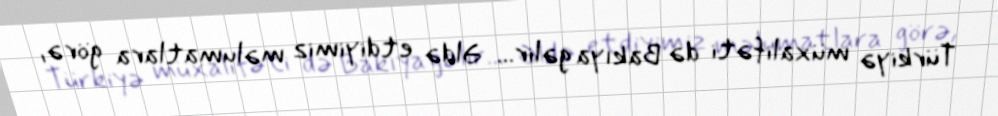
Türkiyə müxalifəti də Bakıya gəlir... Əldə etdiyimiz məlumatlara görə,